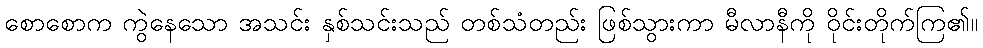
စောစောက ကွဲနေသော အသင်း နှစ်သင်းသည် တစ်သံတည်း ဖြစ်သွားကာ မီလာနီကို ဝိုင်းတိုက်ကြ၏။